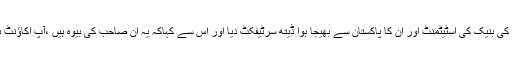
میں نے اسسٹنٹ مینیجر کو انکل کی بنیک کی اسٹیٹمنٹ اور ان کا پاکستان سے بھیجا ہوا ڈیتھ سرٹیفکٹ دیا اور اس سے کہاکہ یہ ان صاحب کی بیوہ ہیں ،آپ اکاؤنٹ بند کر کے ان کو پیسے دے دیں۔